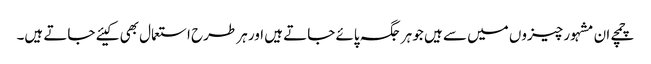
چمچے ان مشہور چیزوں میں سے ہیں جو ہر جگہ پائے جاتے ہیں اور ہر طرح استعمال بھی کیئے جاتے ہیں۔